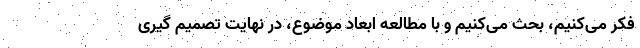
فکر می‌کنیم، بحث می‌کنیم و با مطالعه ابعاد موضوع، در نهایت تصمیم گیری